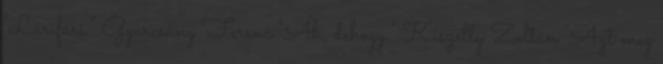
"Lárifári." Gyurcsány Ferenc "Áh, dehogy." Kiszelly Zoltán "Azt meg